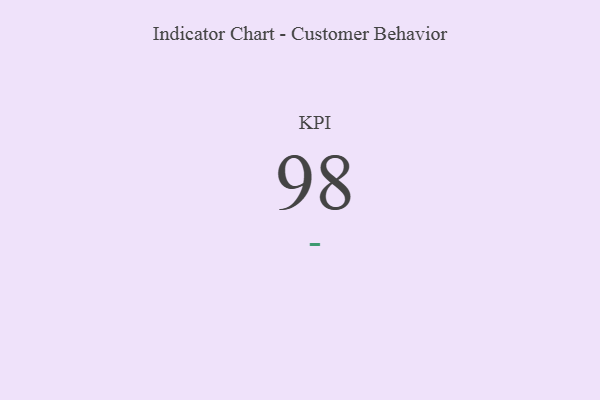
{"axis": {"x": "KPI", "y": "Value"}, "legend": [""], "data": [{"x": "KPI", "y": 98, "type": ""}]}